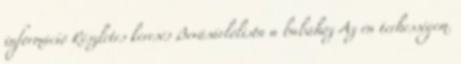
információ Részletes keresés Bevásárlólista a babához Az én terhességem.